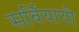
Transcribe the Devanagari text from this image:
सर्बियायी